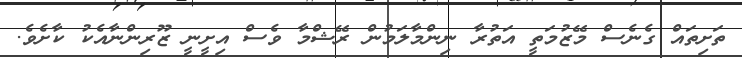
ތަށިތައް ގެނެސް މޭޒުމަތީ އަތުރާ ނިންމާލަމުން ރޭޝްމާ ވެސް އިށީނީ ޒޫރިންނާއެކު ކާށެވެ.